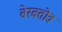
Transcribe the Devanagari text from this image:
बेरबतोव